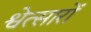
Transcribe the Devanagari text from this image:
श्वेत्सारों